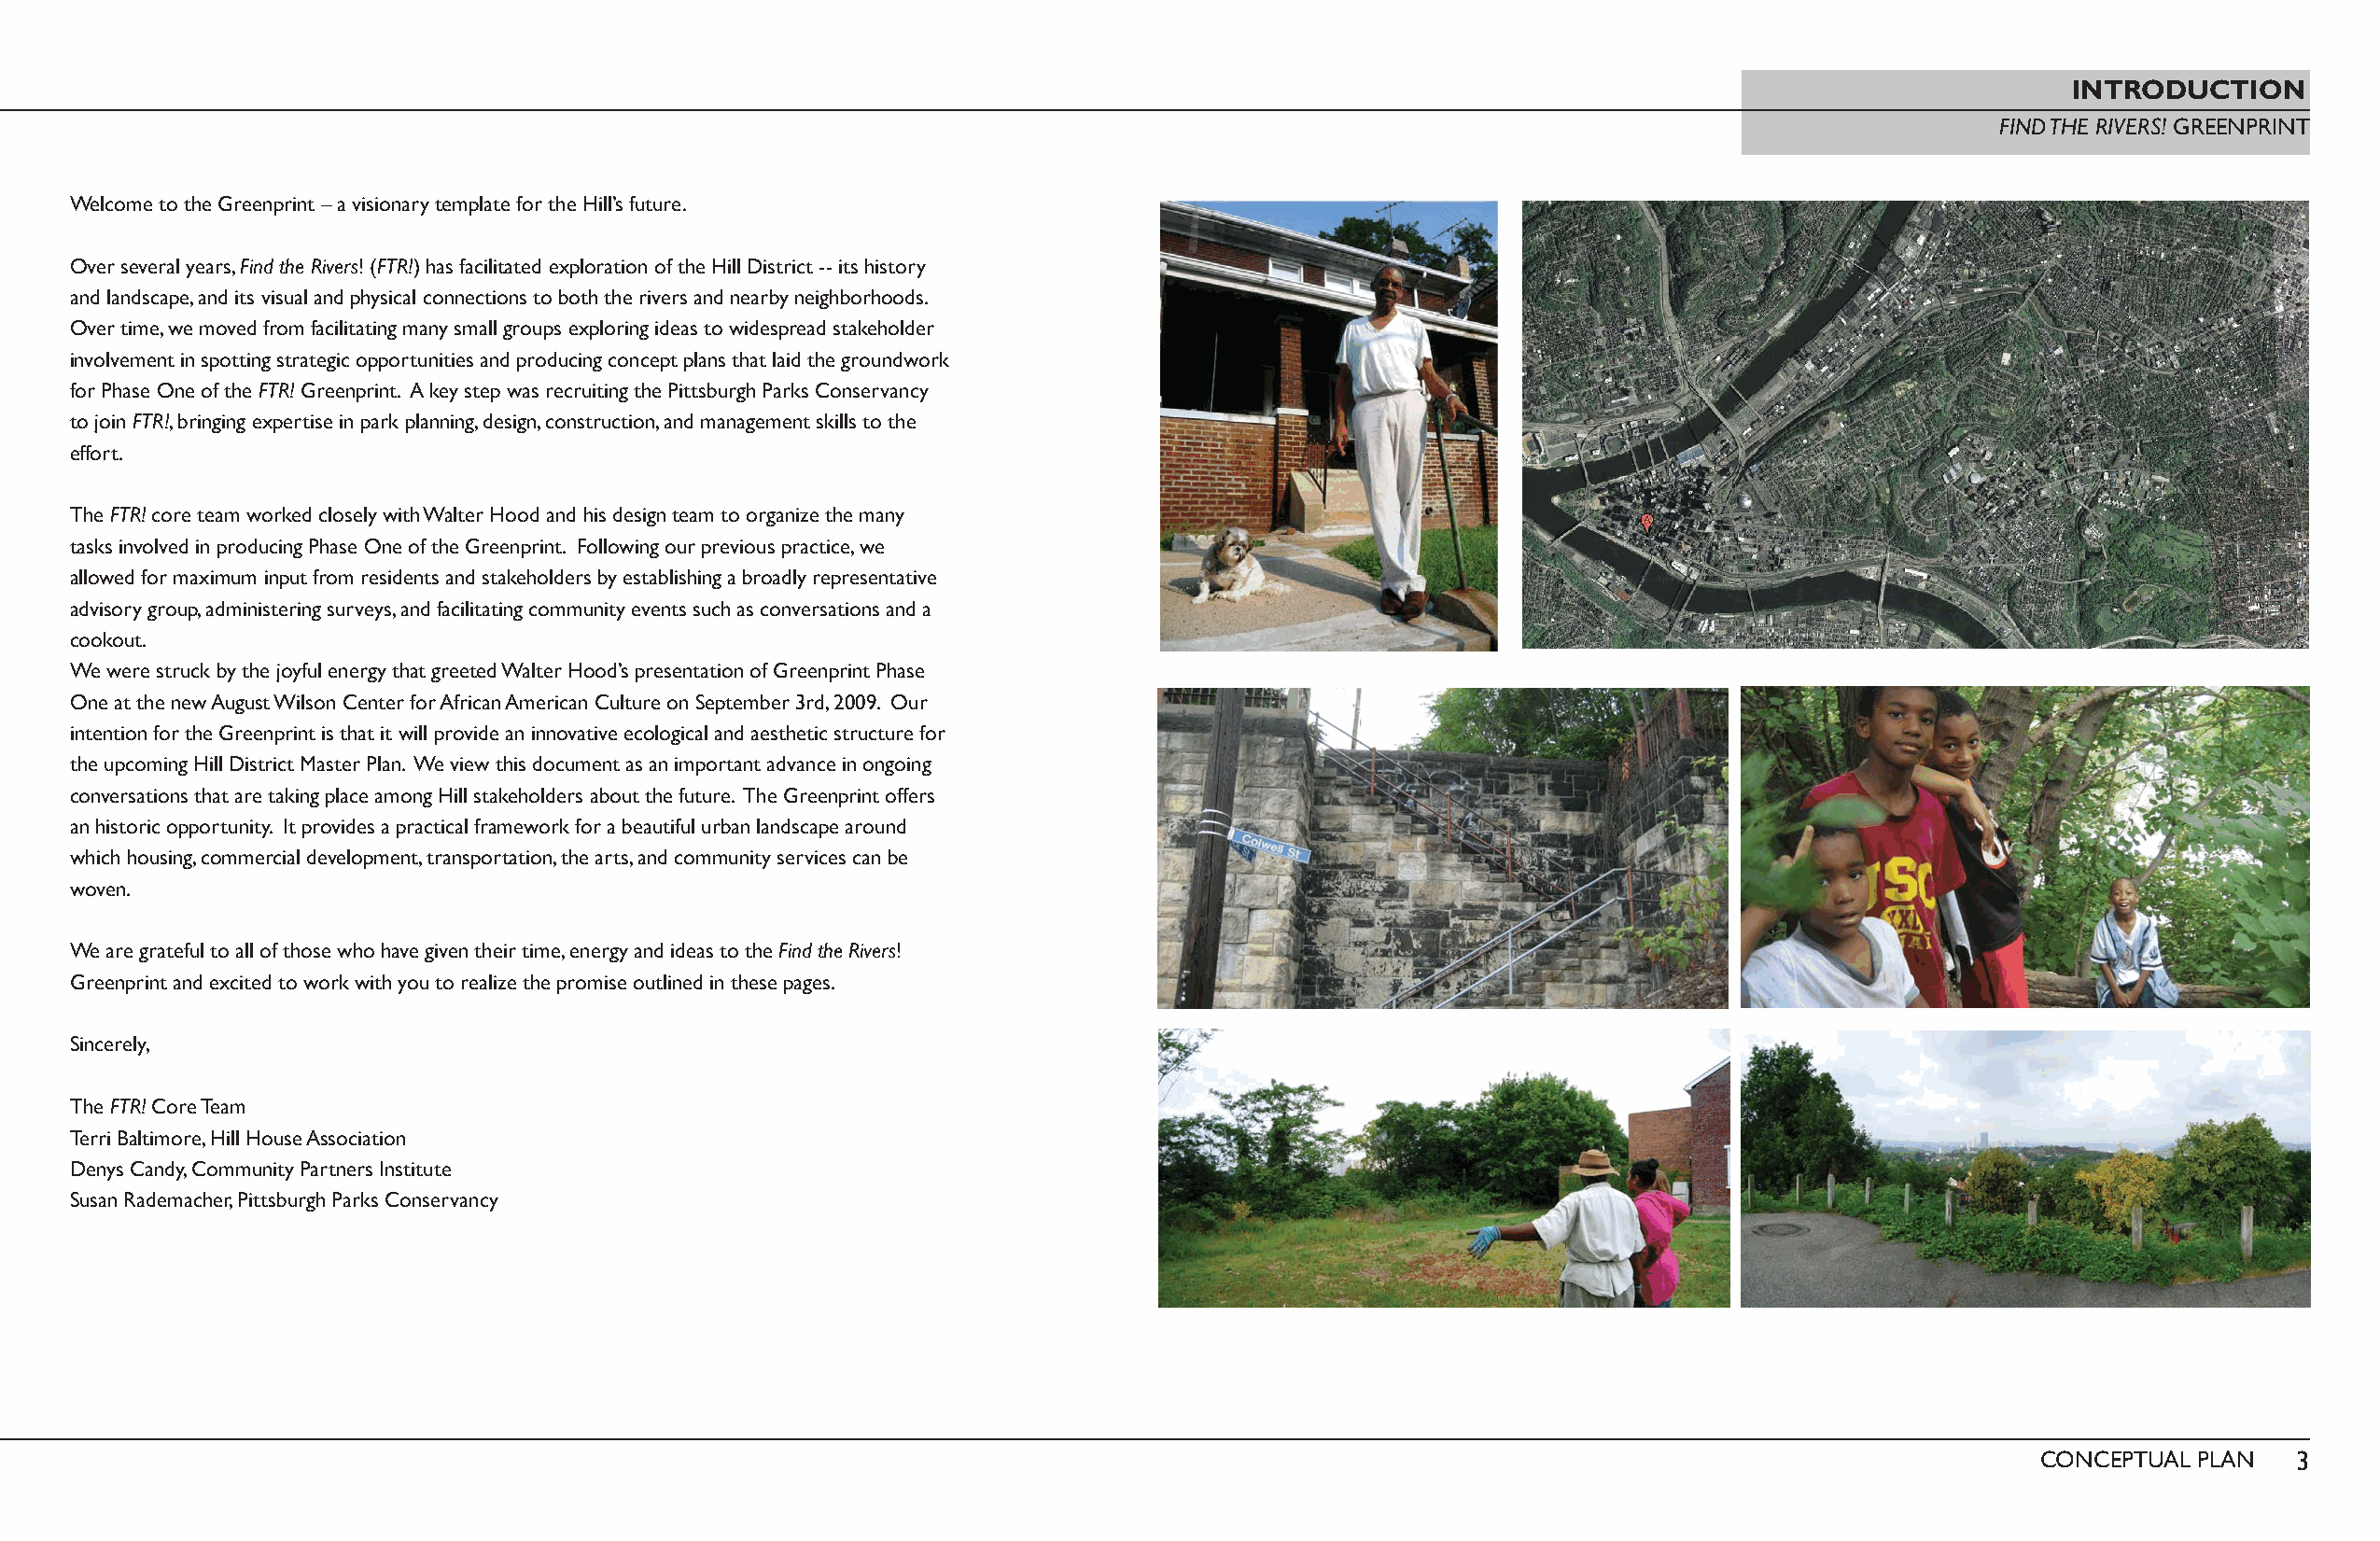
INTRODUCTION
 FIND THE RIVERS! GREENPRINT
 Welcome to the Greenprint – a visionary template for the Hill’s future.
 Over several years, Find the Rivers! (FTR!) has facilitated exploration of the Hill District -- its history
 and landscape, and its visual and physical connections to both the rivers and nearby neighborhoods.
 Over time, we moved from facilitating many small groups exploring ideas to widespread stakeholder
 involvement in spotting strategic opportunities and producing concept plans that laid the groundwork
 for Phase One of the FTR! Greenprint. A key step was recruiting the Pittsburgh Parks Conservancy
 to join FTR!, bringing expertise in park planning, design, construction, and management skills to the
 effort.
 The FTR! core team worked closely with Walter Hood and his design team to organize the many
 tasks involved in producing Phase One of the Greenprint. Following our previous practice, we
 allowed for maximum input from residents and stakeholders by establishing a broadly representative
 advisory group, administering surveys, and facilitating community events such as conversations and a
 cookout.
 We were struck by the joyful energy that greeted Walter Hood’s presentation of Greenprint Phase
 One at the new August Wilson Center for African American Culture on September 3rd, 2009. Our
 intention for the Greenprint is that it will provide an innovative ecological and aesthetic structure for
 the upcoming Hill District Master Plan. We view this document as an important advance in ongoing
 conversations that are taking place among Hill stakeholders about the future. The Greenprint offers
 an historic opportunity. It provides a practical framework for a beautiful urban landscape around
 which housing, commercial development, transportation, the arts, and community services can be
 woven.
 We are grateful to all of those who have given their time, energy and ideas to the Find the Rivers!
 Greenprint and excited to work with you to realize the promise outlined in these pages.
 Sincerely,
 The FTR! Core Team
 Terri Baltimore, Hill House Association
 Denys Candy, Community Partners Institute
 Susan Rademacher, Pittsburgh Parks Conservancy
 CONCEPTUAL PLAN   3